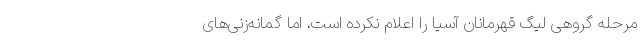
مرحله گروهی لیگ قهرمانان آسیا را اعلام نکرده است، اما گمانه‌زنی‌های